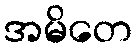
အမိတေ